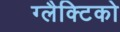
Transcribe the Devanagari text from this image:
ग्‍लैक्टिको